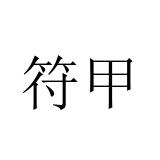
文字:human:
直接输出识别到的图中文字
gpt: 符甲